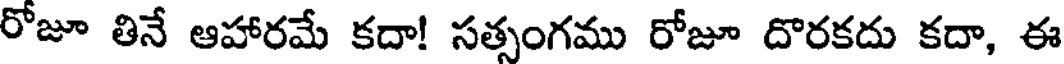
రోజూ తినే ఆహారమే కదా! సత్సంగము రోజూ దొరకదు కదా, ఈ